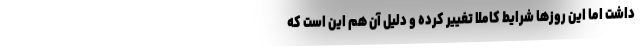
داشت اما این روزها شرایط کاملا تغییر کرده و دلیل آن هم این است که